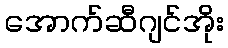
အောက်ဆီဂျင်အိုး